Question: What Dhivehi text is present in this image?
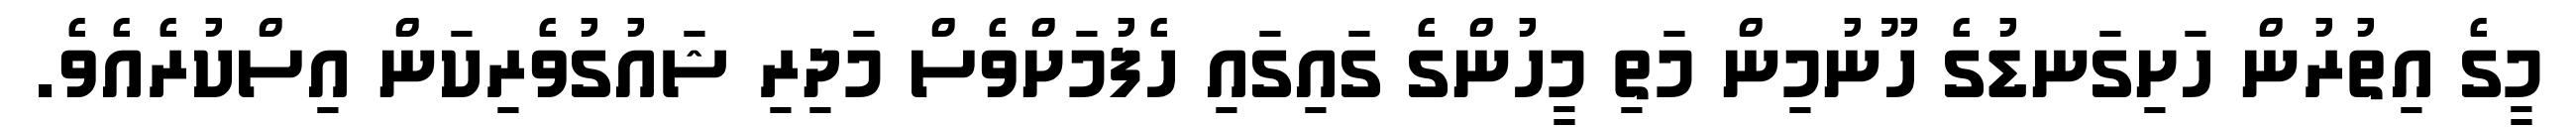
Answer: މީގެ އިތުރުން ހަށިގަނޑުގެ ހޫނުމިން މަތި މީހުންގެ ގައިގައި ހެފުމަށްވެސް މަދިރި ޝައުގުވެރިކަން އިސްކުރެއެވެ.